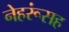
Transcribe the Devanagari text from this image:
नेहरूंसह